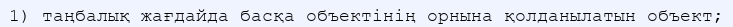
1) таңбалық жағдайда басқа объектінің орнына қолданылатын объект;